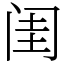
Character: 闺